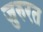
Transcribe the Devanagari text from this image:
जुरुरत